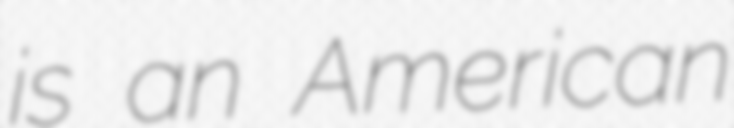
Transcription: is an American